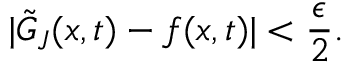
| \tilde { G } _ { J } ( \boldsymbol { x } , t ) - f ( \boldsymbol { x } , t ) | < \frac { \epsilon } { 2 } .